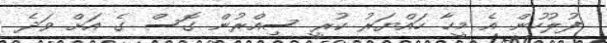
ފުލުހުން އެ މީހާ ހައްޔަރު ކުރީ ސިއްރުން ގޮސް ގެ އަށް ވަދެ